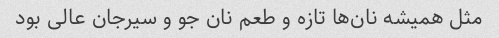
مثل همیشه نان‌ها تازه و طعم نان جو و سیرجان عالی بود